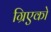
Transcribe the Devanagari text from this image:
ग्रिएको